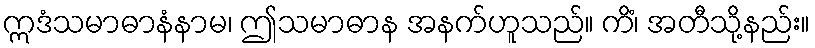
ဣဒံသမာဓာနံနာမ၊ ဤသမာဓာန အနက်ဟူသည်။ ကိံ၊ အတီသို့နည်း။